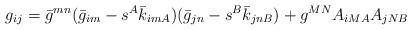
LaTeX: \begin{align*}g_{ij} =\bar{g}^{mn}(\bar{g}_{im}-s^{A}\bar{k}_{imA})(\bar{g}_{jn}-s^{B}\bar{k}_{jnB}) + g^{MN}A_{iMA}A_{jNB}\end{align*}